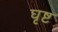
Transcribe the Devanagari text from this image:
घृष्ट